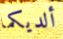
ألديكما